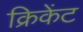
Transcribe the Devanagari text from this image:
क्रिकेंट